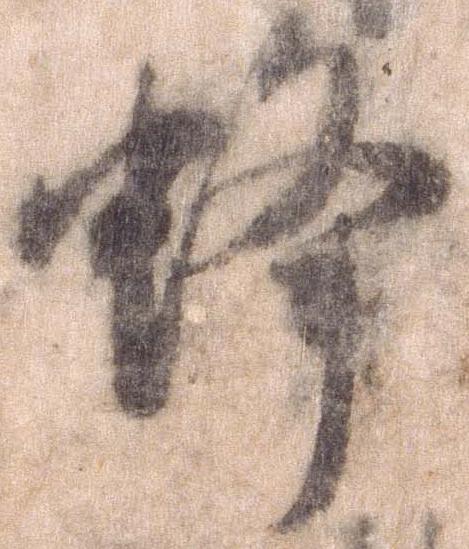
蜂